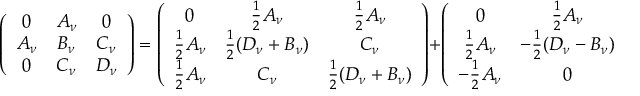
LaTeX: \left( \begin{array} { c c c } { { 0 } } & { { A _ { \nu } } } & { { 0 } } \\ { { A _ { \nu } } } & { { B _ { \nu } } } & { { C _ { \nu } } } \\ { { 0 } } & { { C _ { \nu } } } & { { D _ { \nu } } } \end{array} \right) = \left( \begin{array} { c c c } { { 0 } } & { { \frac { 1 } { 2 } A _ { \nu } } } & { { \frac { 1 } { 2 } A _ { \nu } } } \\ { { \frac { 1 } { 2 } A _ { \nu } } } & { { \frac { 1 } { 2 } ( D _ { \nu } + B _ { \nu } ) } } & { { C _ { \nu } } } \\ { { \frac { 1 } { 2 } A _ { \nu } } } & { { C _ { \nu } } } & { { \frac { 1 } { 2 } ( D _ { \nu } + B _ { \nu } ) } } \end{array} \right) + \left( \begin{array} { c c c } { { 0 } } & { { \frac { 1 } { 2 } A _ { \nu } } } & { { - \frac { 1 } { 2 } A _ { \nu } } } \\ { { \frac { 1 } { 2 } A _ { \nu } } } & { { - \frac { 1 } { 2 } ( D _ { \nu } - B _ { \nu } ) } } & { { 0 } } \\ { { - \frac { 1 } { 2 } A _ { \nu } } } & { { 0 } } & { { \frac { 1 } { 2 } ( D _ { \nu } - B _ { \nu } ) } } \end{array} \right) .